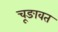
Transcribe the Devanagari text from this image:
चूङावत